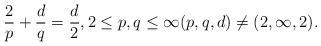
LaTeX: \begin{align*} \frac{2}{p}+\frac{d}{q}=\frac{d}{2},2 \leq p,q \leq \infty (p,q,d)\neq (2,\infty,2).\end{align*}